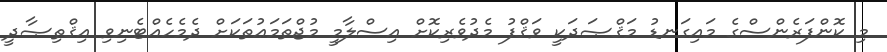
މި ކޮންފަރެންސްގެ މައިގަނޑު މަޤްޞަދަކީ ވަޤްފު މެދުވެރިކޮށް އިސްލާމީ މުޖްތަމަޢުތަކަށް ދެމެހެއްޓެނިވި އިޤްތިޞާދީ